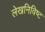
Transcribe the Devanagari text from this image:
लेखनिविष्ट